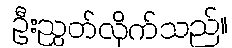
ဦးညွှတ်လိုက်သည်။